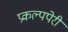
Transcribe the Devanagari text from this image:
प्रकल्पपेरी